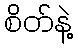
စိတ်နဲ့